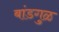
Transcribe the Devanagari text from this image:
बांडगुळ